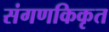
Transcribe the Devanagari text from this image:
संगणकिकृत